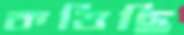
কত্তিছি